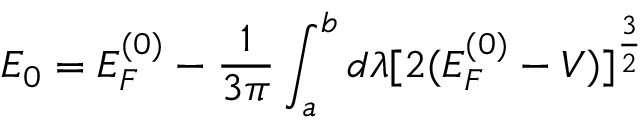
E _ { 0 } = E _ { F } ^ { ( 0 ) } - \frac { 1 } { 3 \pi } \int _ { a } ^ { b } d \lambda [ 2 ( E _ { F } ^ { ( 0 ) } - V ) ] ^ { \frac { 3 } { 2 } }